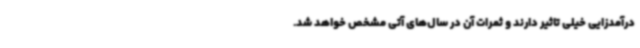
درآمدزایی خیلی تاثیر دارند و ثمرات آن در سال‌های آتی مشخص خواهد شد.